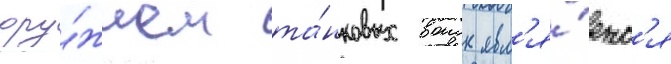
ору́жием та́нковых воиск явл'я́етс'я